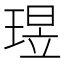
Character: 𬍶